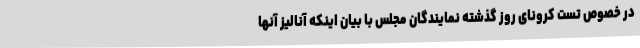
در خصوص تست کرونای روز گذشته نمایندگان مجلس با بیان اینکه آنالیز آنها